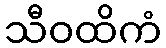
သီဝထိကံ